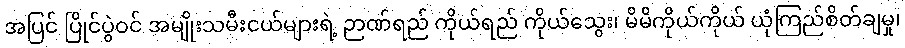
အပြင် ပြိုင်ပွဲဝင် အမျိုးသမီးငယ်များရဲ့ ဉာဏ်ရည် ကိုယ်ရည် ကိုယ်သွေး၊ မိမိကိုယ်ကိုယ် ယုံကြည်စိတ်ချမှု၊